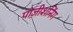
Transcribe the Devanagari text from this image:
पोज़ीशनिंग